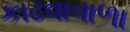
કાઢવાવાળા